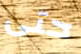
حتى